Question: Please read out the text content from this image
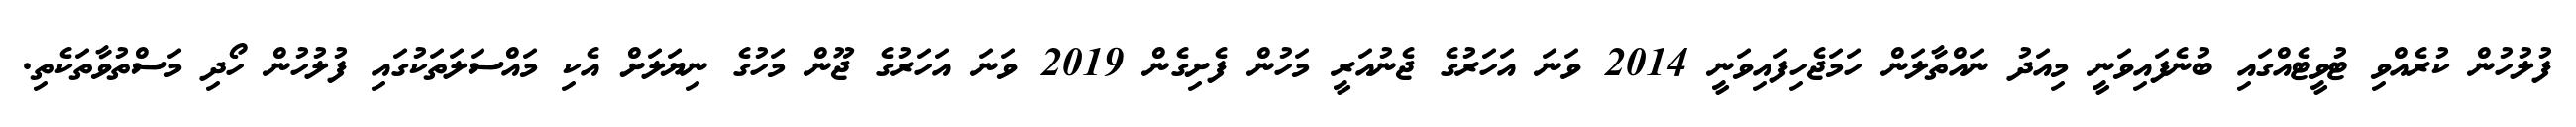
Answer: ފުލުހުން ކުރެއްވި ޓުވީޓެއްގައި ބުނެފައިވަނީ މިއަދު ނައްތާލަން ހަމަޖެހިފައިވަނީ 2014 ވަނަ އަހަރުގެ ޖެނުއަރީ މަހުން ފެށިގެން 2019 ވަނަ އަހަރުގެ ޖޫން މަހުގެ ނިޔަލަށް އެކި މައްސަލަތަކުގައި ފުލުހުން ހޯދި މަސްތުވާތަކެތި.